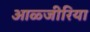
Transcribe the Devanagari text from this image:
आळ्जीरिया